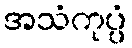
အသံကုပ္ပံ